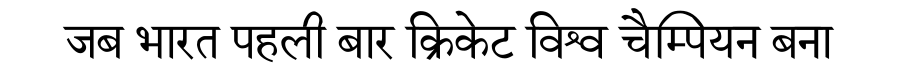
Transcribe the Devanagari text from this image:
जब भारत पहली बार क्रिकेट विश्व चैम्पियन बना